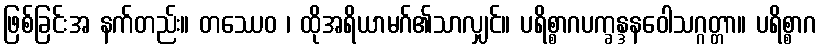
ဖြစ်ခြင်းအ နက်တည်း။ တဿေဝ ၊ ထိုအရိယာမဂ်၏သာလျှင်။ ပရိစ္စာဂပက္ခန္ဒနဝေါသဂ္ဂတ္တာ။ ပရိစ္စာဂ